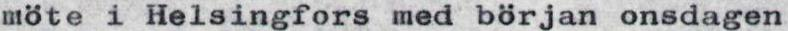
möte i Helsingfors med början onsdagen